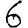
Digit: 6